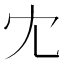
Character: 冘